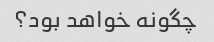
چگونه خواهد بود؟